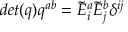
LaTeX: d e t ( q ) q ^ { a b } = { \tilde { E } } _ { i } ^ { a } { \tilde { E } } _ { j } ^ { b } \delta ^ { i j }